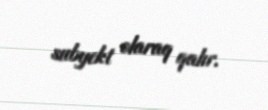
subyekt olaraq qalır.